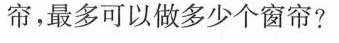
帘，最多可以做多少个窗帘?